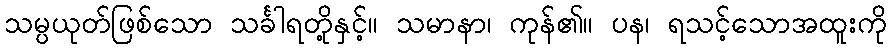
သမ္ပယုတ်ဖြစ်သော သင်္ခါရတို့နှင့်။ သမာနာ၊ ကုန်၏။ ပန၊ ရသင့်သောအထူးကို